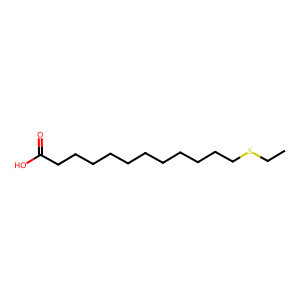
SMILES: CCSCCCCCCCCCCCC(=O)O
Inhibits HIV replication: Yes